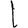
Digit: 1